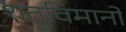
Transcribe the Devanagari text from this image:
शत्रुविमानों